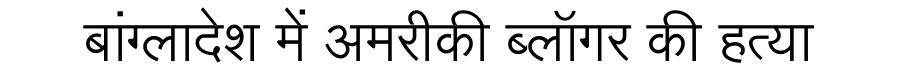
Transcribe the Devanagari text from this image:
बांग्लादेश में अमरीकी ब्लॉगर की हत्या